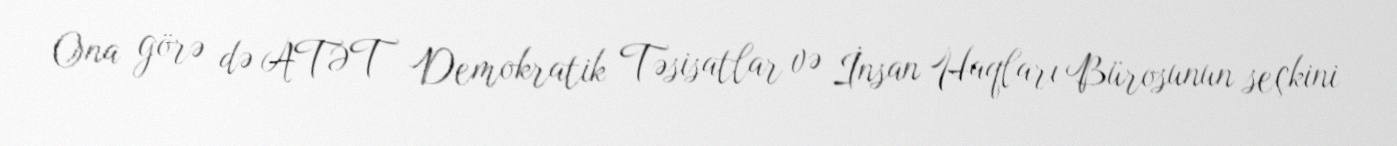
Ona görə də ATƏT Demokratik Təsisatlar və İnsan Haqları Bürosunun seçkini